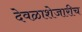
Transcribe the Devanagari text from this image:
देवळाशेजारीच